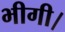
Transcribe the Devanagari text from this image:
भीगी।